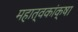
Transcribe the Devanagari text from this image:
महात्वकांक्षा